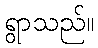
ရွာသည်။